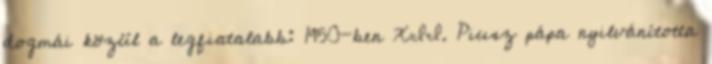
dogmái közül a legfiatalabb: 1950-ben XII. Piusz pápa nyilvánította